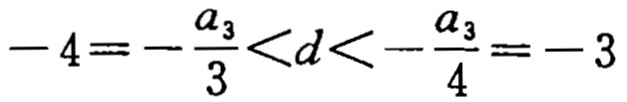
\(-4=-\frac{a_{3}}{3}<d<-\frac{a_{3}}{4}=-3\)